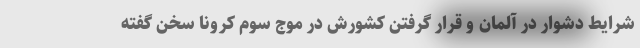
شرایط دشوار در آلمان و قرار گرفتن کشورش در موج سوم کرونا سخن گفته